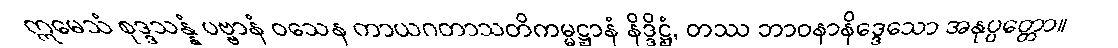
ဣမေသံ စုဒ္ဒသန္နံ ပဗ္ဗာနံ ဝသေန ကာယဂတာသတိကမ္မဋ္ဌာနံ နိဒ္ဒိဋ္ဌံ, တဿ ဘာဝနာနိဒ္ဒေသော အနုပ္ပတ္တော။